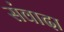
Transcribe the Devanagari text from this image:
संवादा